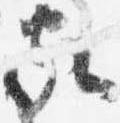
家